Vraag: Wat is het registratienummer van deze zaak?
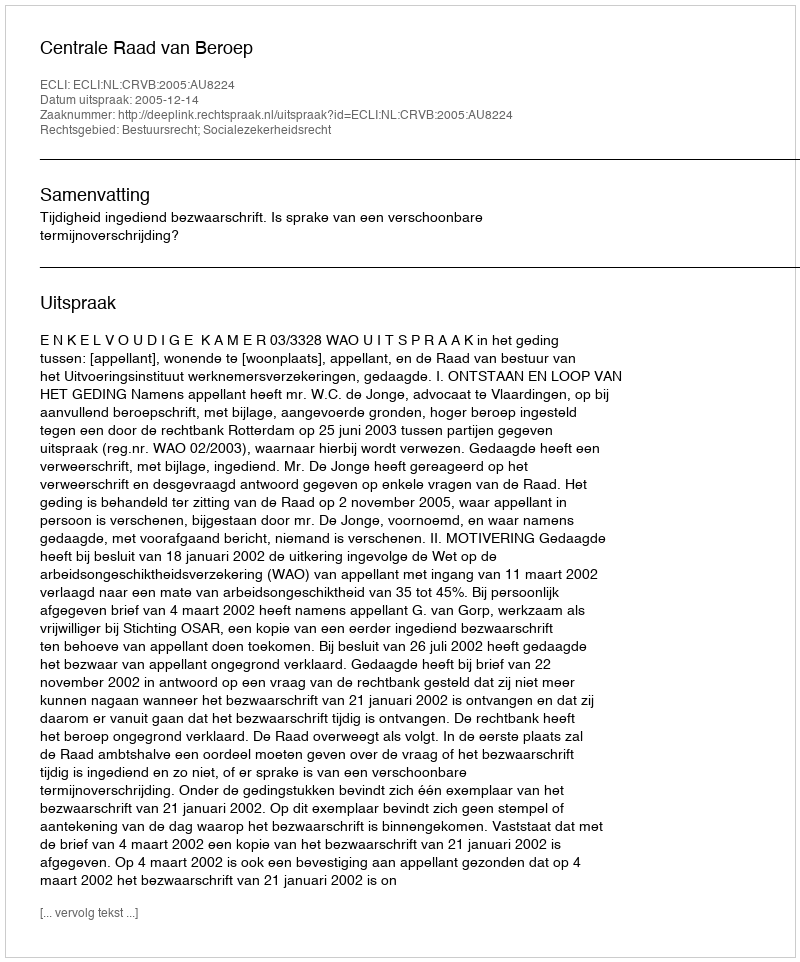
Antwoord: http://deeplink.rechtspraak.nl/uitspraak?id=ECLI:NL:CRVB:2005:AU8224